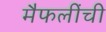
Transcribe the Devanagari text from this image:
मैफलींची